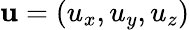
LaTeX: \mathbf{u}=(u_{x},u_{y},u_{z})